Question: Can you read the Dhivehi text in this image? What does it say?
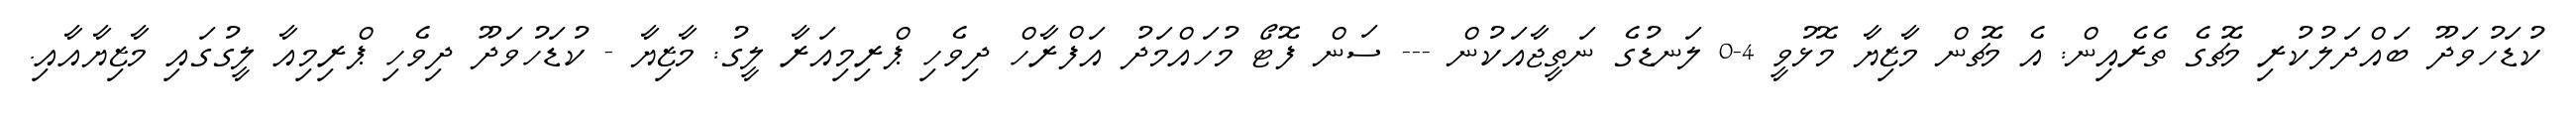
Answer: ކުޑަހުވަދޫ ބައްދަލުކުރި މެޗުގެ ތެރެއިން: އެ މެޗުން މާޒިޔާ މޮޅުވީ 4-0 ލަނޑުގެ ނަތީޖާއަކުން --- ސަން ފޮޓޯ މުހައްމަދު އަފްރާހް ދިވެހި ޕްރިމިއަރާ ލީގު: މާޒިޔާ - ކުޑަހުވަދޫ ދިވެހި ޕްރިމިއާ ލީގުގައި މާޒިޔާއާއި.